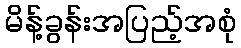
မိန့်ခွန်းအပြည့်အစုံ